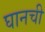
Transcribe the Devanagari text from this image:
घानची